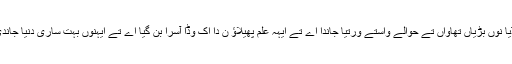
وکیپیڈیا نوں بڑیاں تھاواں تے حوالے واستے ورتیا جاندا اے تے ایہہ علم پھیلاؤ ن دا اک وڈا آسرا بن گیا اے تے ایہنوں بہت ساری دنیا جاندی اے۔